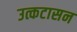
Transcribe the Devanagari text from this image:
उत्कटासन